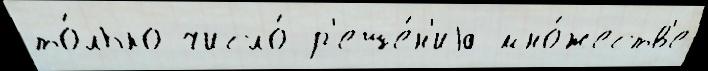
то́лько число́ р'еше́н'иjа мно́жеств'е